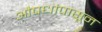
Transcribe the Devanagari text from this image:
औषधांपासून